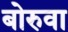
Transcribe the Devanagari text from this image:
बोरुवा